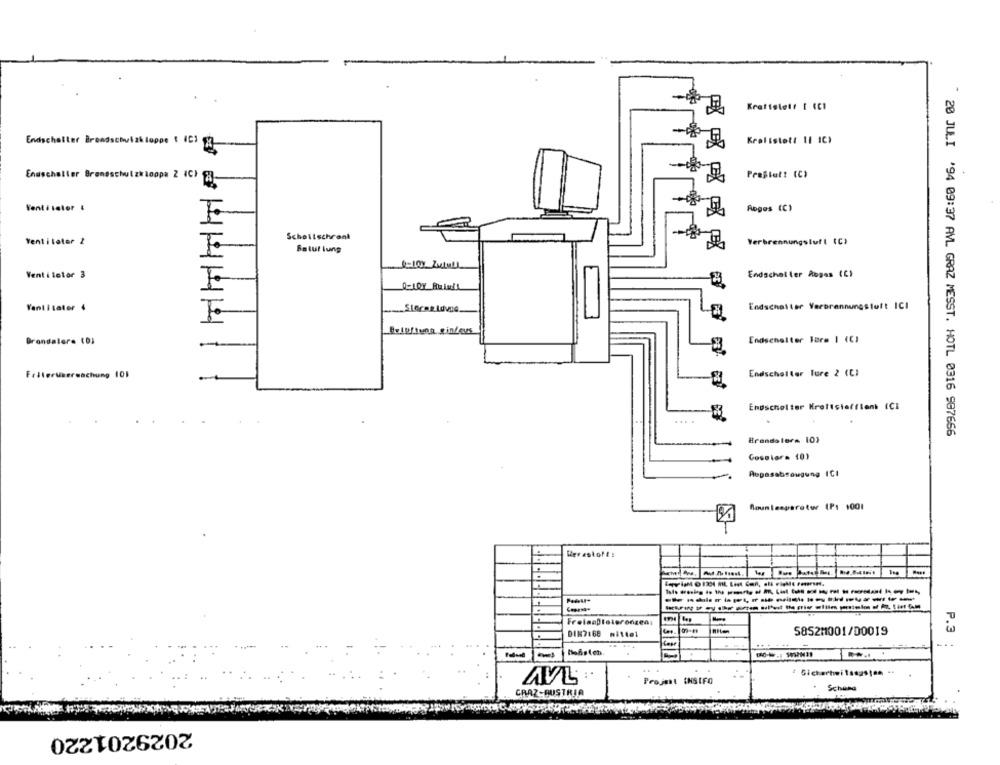
Kraftslett I (CI
Endschalter Brendschulzkloppe $ 403 3
Keolistott 11 1C)
Prestat! (C)
Enuschatter Brandschutzkloppa 2 4C) 23-
Ventilator 4
Aoges (C)
Schollschrank
Ventilator 2
Verbrennungsluft (C)
Batul lung
Ventilator 3
Endschal ler Rogas (C)
Endschalter Verbrennungstoft ICI
Yantitater 4
Beluftung gin/ous
Grondaler. (0)
-
Endschelter Form 1 (C)
FriterUberwachung 101
Endscheller Ture 2 (C)
Endschelter Kraftstofflent ICE
....
" 20 JULI '94 09:37 AVL GRAZ MESST. HOTL 0316 987666
Brendaler= 10}
Gosolar= 10)
Aopasabsaugung ICI
Moun lesparotur IP1 1001
Werestoft:
DIK7:68 mittel
5852M1001/00019
P.3
-
4 Sicherheitssystem ..
AVL
Projekt INSIFO
Schund
CRAZ-BUSTRIA
2029201220